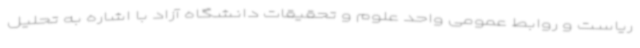
ریاست و روابط عمومی واحد علوم و تحقیقات دانشگاه آزاد با اشاره به تحلیل